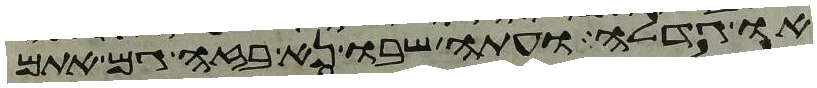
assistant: או גדלה ועתה שבו נא בזה גם אתם